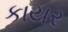
કાયર